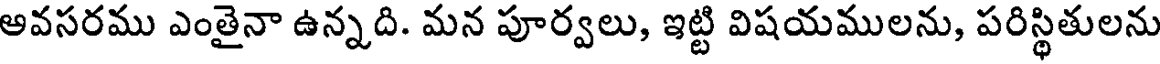
ఆవసరము ఎంతైనా ఉన్నది. మన పూర్వలు, ఇట్టి విషయములను, పరిస్థితులను